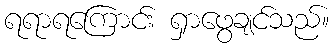
ရရာရကြောင်း ရှာဖွေချင်သည်။